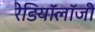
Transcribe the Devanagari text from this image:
रेडियॉलॉजी